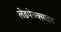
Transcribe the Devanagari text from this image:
लेडपेराक्साइड